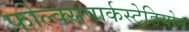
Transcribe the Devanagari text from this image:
फोल्क्सपार्कस्टेडियोन